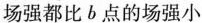
场强都比b点的场强小